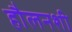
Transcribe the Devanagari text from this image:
हौलनशी